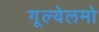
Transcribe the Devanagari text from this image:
गूल्येलमो